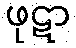
ဖုဋာ